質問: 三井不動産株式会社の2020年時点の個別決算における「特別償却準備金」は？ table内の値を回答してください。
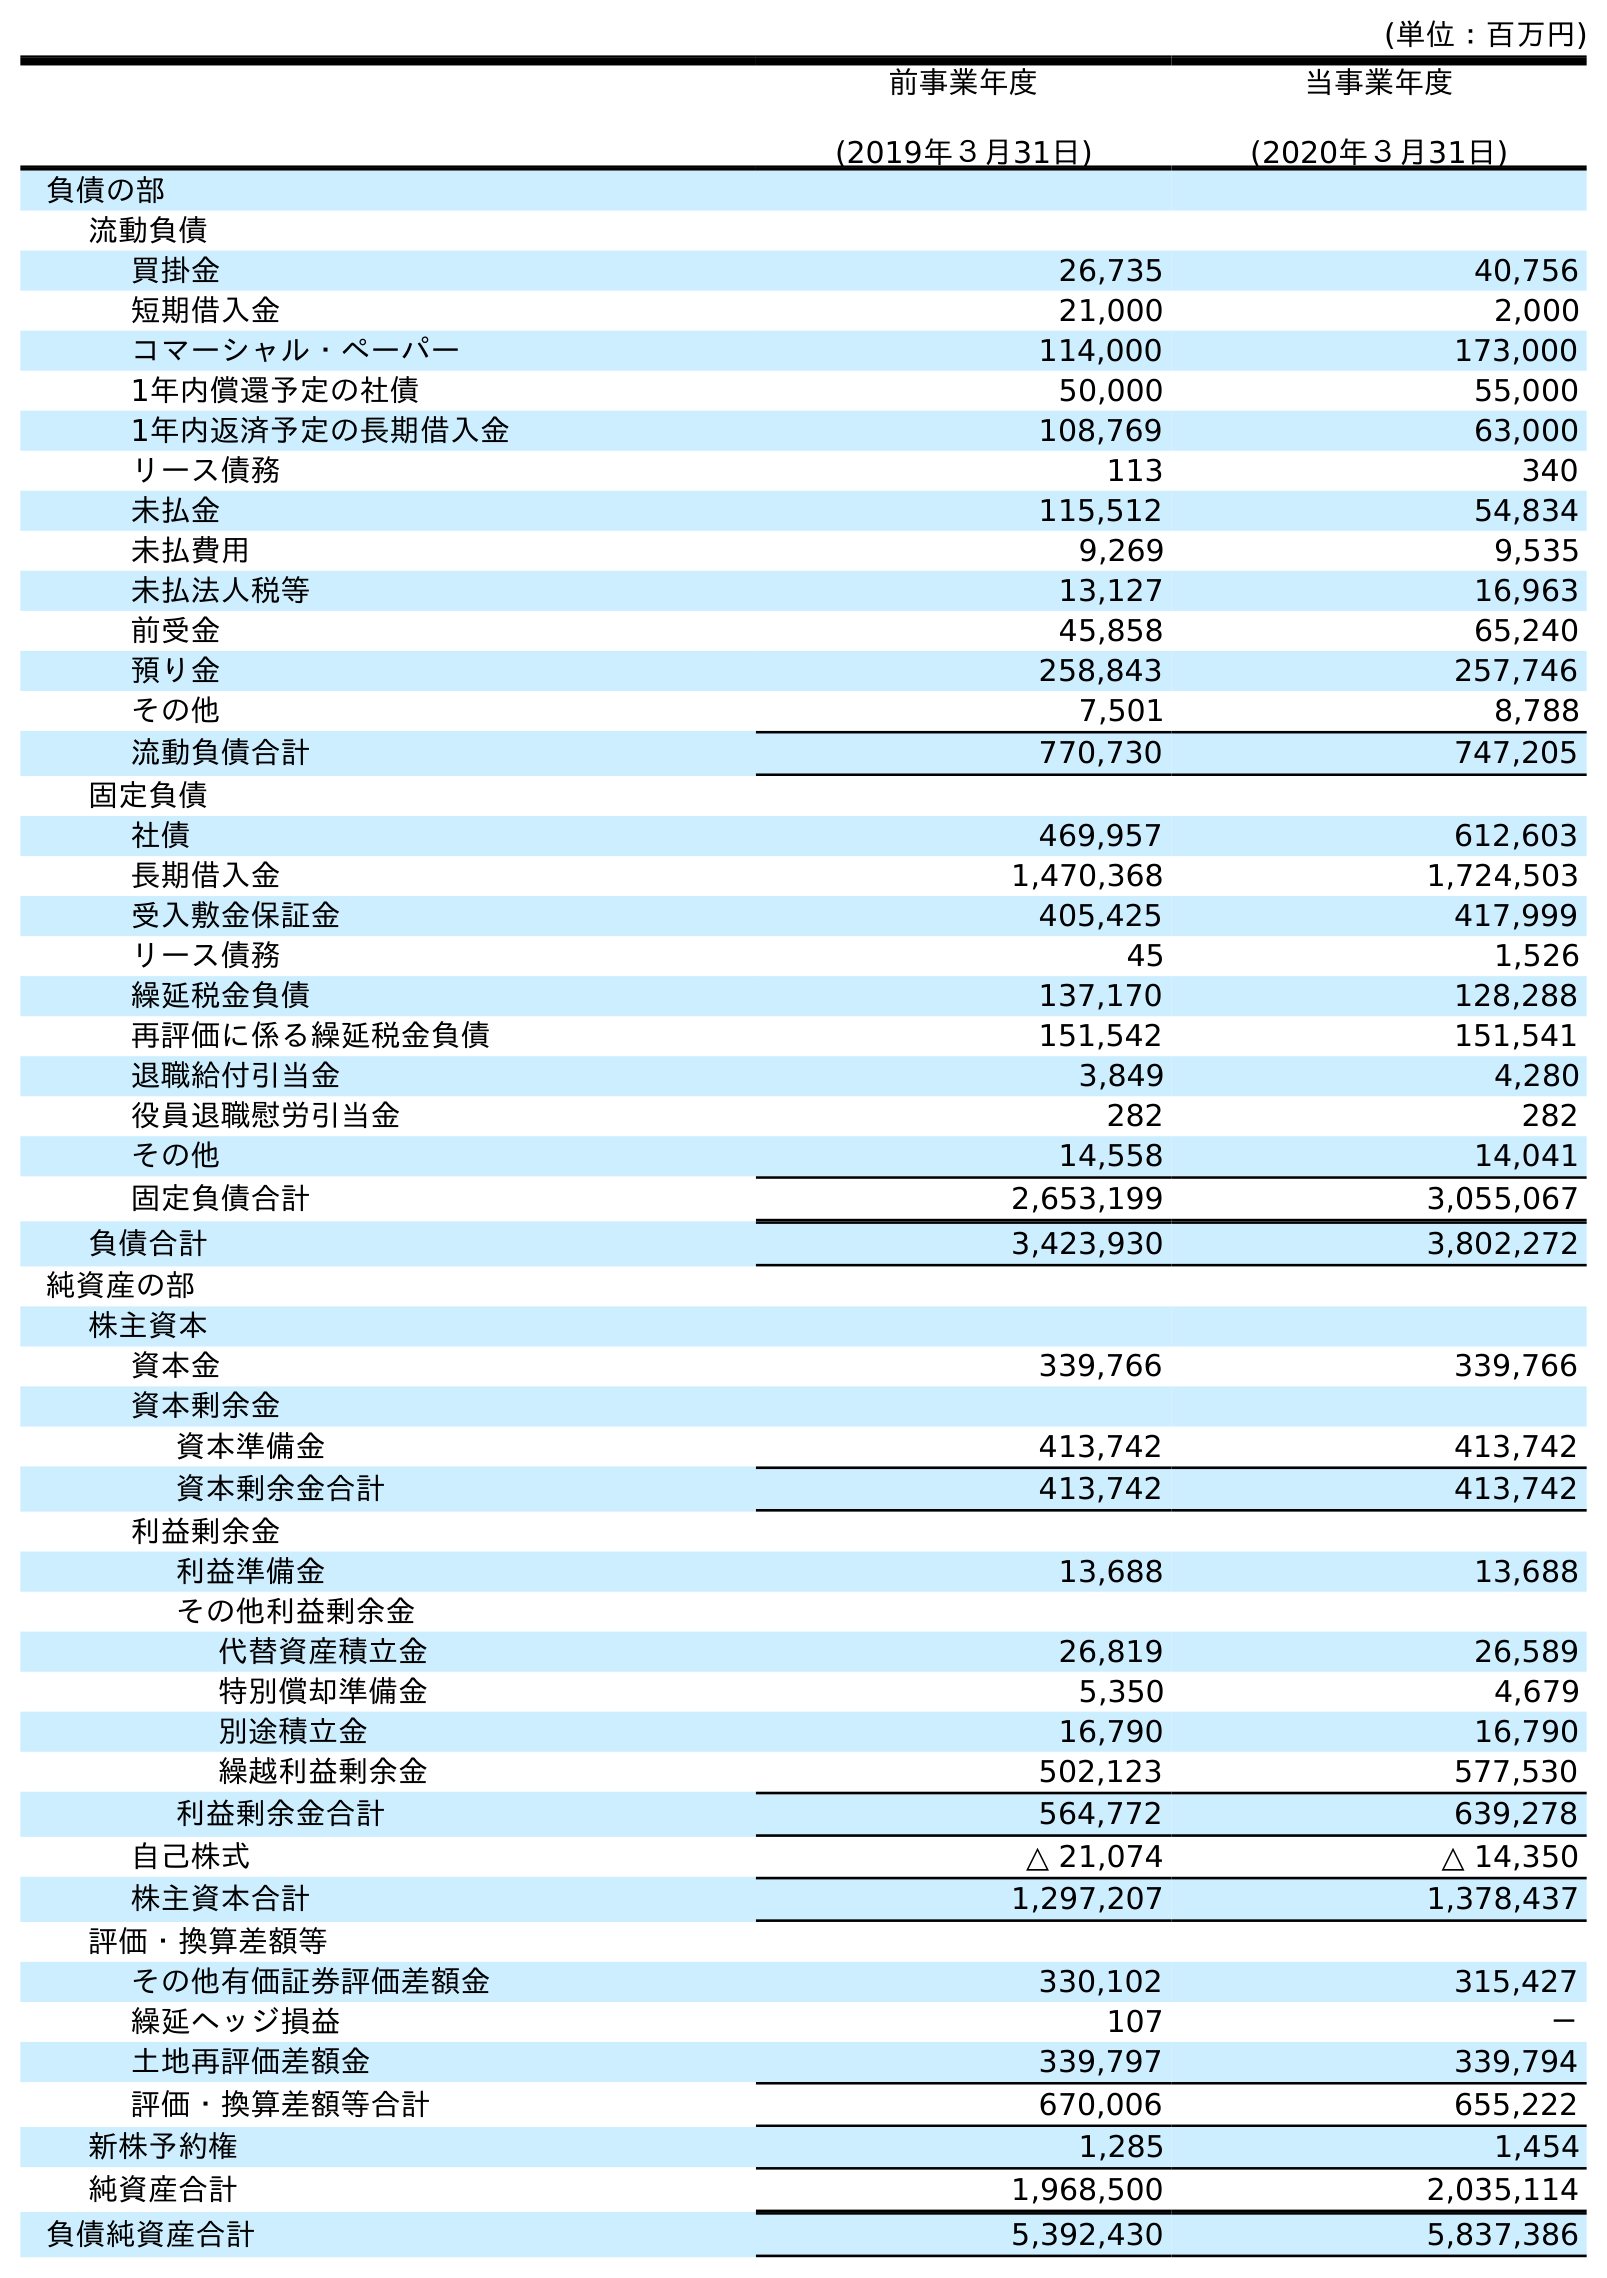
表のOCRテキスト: (単位：百万円) 前事業年度 (2019年３月31日) 当事業年度 (2020年３月31日) 負債の部 流動負債 買掛金 26,735 40,756 短期借入金 21,000 2,000 コマーシャル・ペーパー 114,000 173,000 1年内償還予定の社債 50,000 55,000 1年内返済予定の長期借入金 108,769 63,000 リース債務 113 340 未払金 115,512 54,834 未払費用 9,269 9,535 未払法人税等 13,127 16,963 前受金 45,858 65,240 預り金 258,843 257,746 その他 7,501 8,788 流動負債合計 770,730 747,205 固定負債 社債 469,957 612,603 長期借入金 1,470,368 1,724,503 受入敷金保証金 405,425 417,999 リース債務 45 1,526 繰延税金負債 137,170 128,288 再評価に係る繰延税金負債 151,542 151,541 退職給付引当金 3,849 4,280 役員退職慰労引当金 282 282 その他 14,558 14,041 固定負債合計 2,653,199 3,055,067 負債合計 3,423,930 3,802,272 純資産の部 株主資本 資本金 339,766 339,766 資本剰余金 資本準備金 413,742 413,742 資本剰余金合計 413,742 413,742 利益剰余金 利益準備金 13,688 13,688 その他利益剰余金 代替資産積立金 26,819 26,589 特別償却準備金 5,350 4,679 別途積立金 16,790 16,790 繰越利益剰余金 502,123 577,530 利益剰余金合計 564,772 639,278 自己株式 △ 21,074 △ 14,350 株主資本合計 1,297,207 1,378,437 評価・換算差額等 その他有価証券評価差額金 330,102 315,427 繰延ヘッジ損益 107 － 土地再評価差額金 339,797 339,794 評価・換算差額等合計 670,006 655,222 新株予約権 1,285 1,454 純資産合計 1,968,500 2,035,114 負債純資産合計 5,392,430 5,837,386
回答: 4,679